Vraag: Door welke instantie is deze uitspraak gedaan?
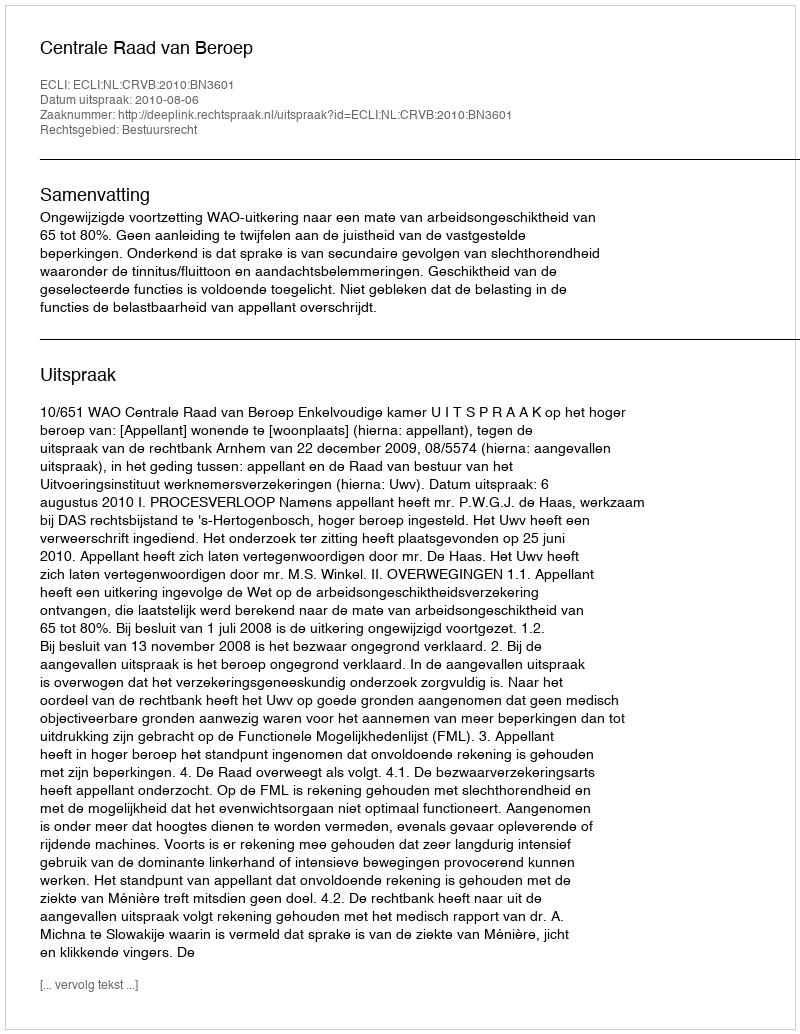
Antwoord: Centrale Raad van Beroep